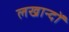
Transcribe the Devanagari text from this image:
लखान्दों